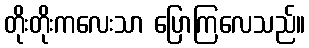
တိုးတိုးကလေးသာ ပြောကြလေသည်။